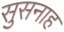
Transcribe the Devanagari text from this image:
सुसनाह